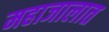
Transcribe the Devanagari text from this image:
महाजालात